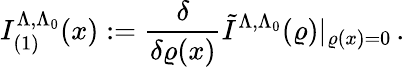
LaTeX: I_{(1)}^{\Lambda,\Lambda_{0}}(x):=\frac{\delta}{\delta\varrho(x)}\tilde{I}^{\Lambda,\Lambda_{0}}(\varrho)|_{\varrho(x)=0}\, .